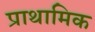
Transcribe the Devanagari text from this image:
प्राथामिक